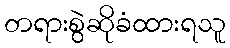
တရားစွဲဆိုခံထားရသူ